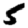
Digit: 5